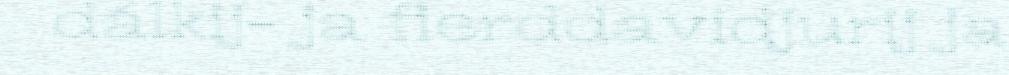
dálkij- ja fierddavidjurij ja